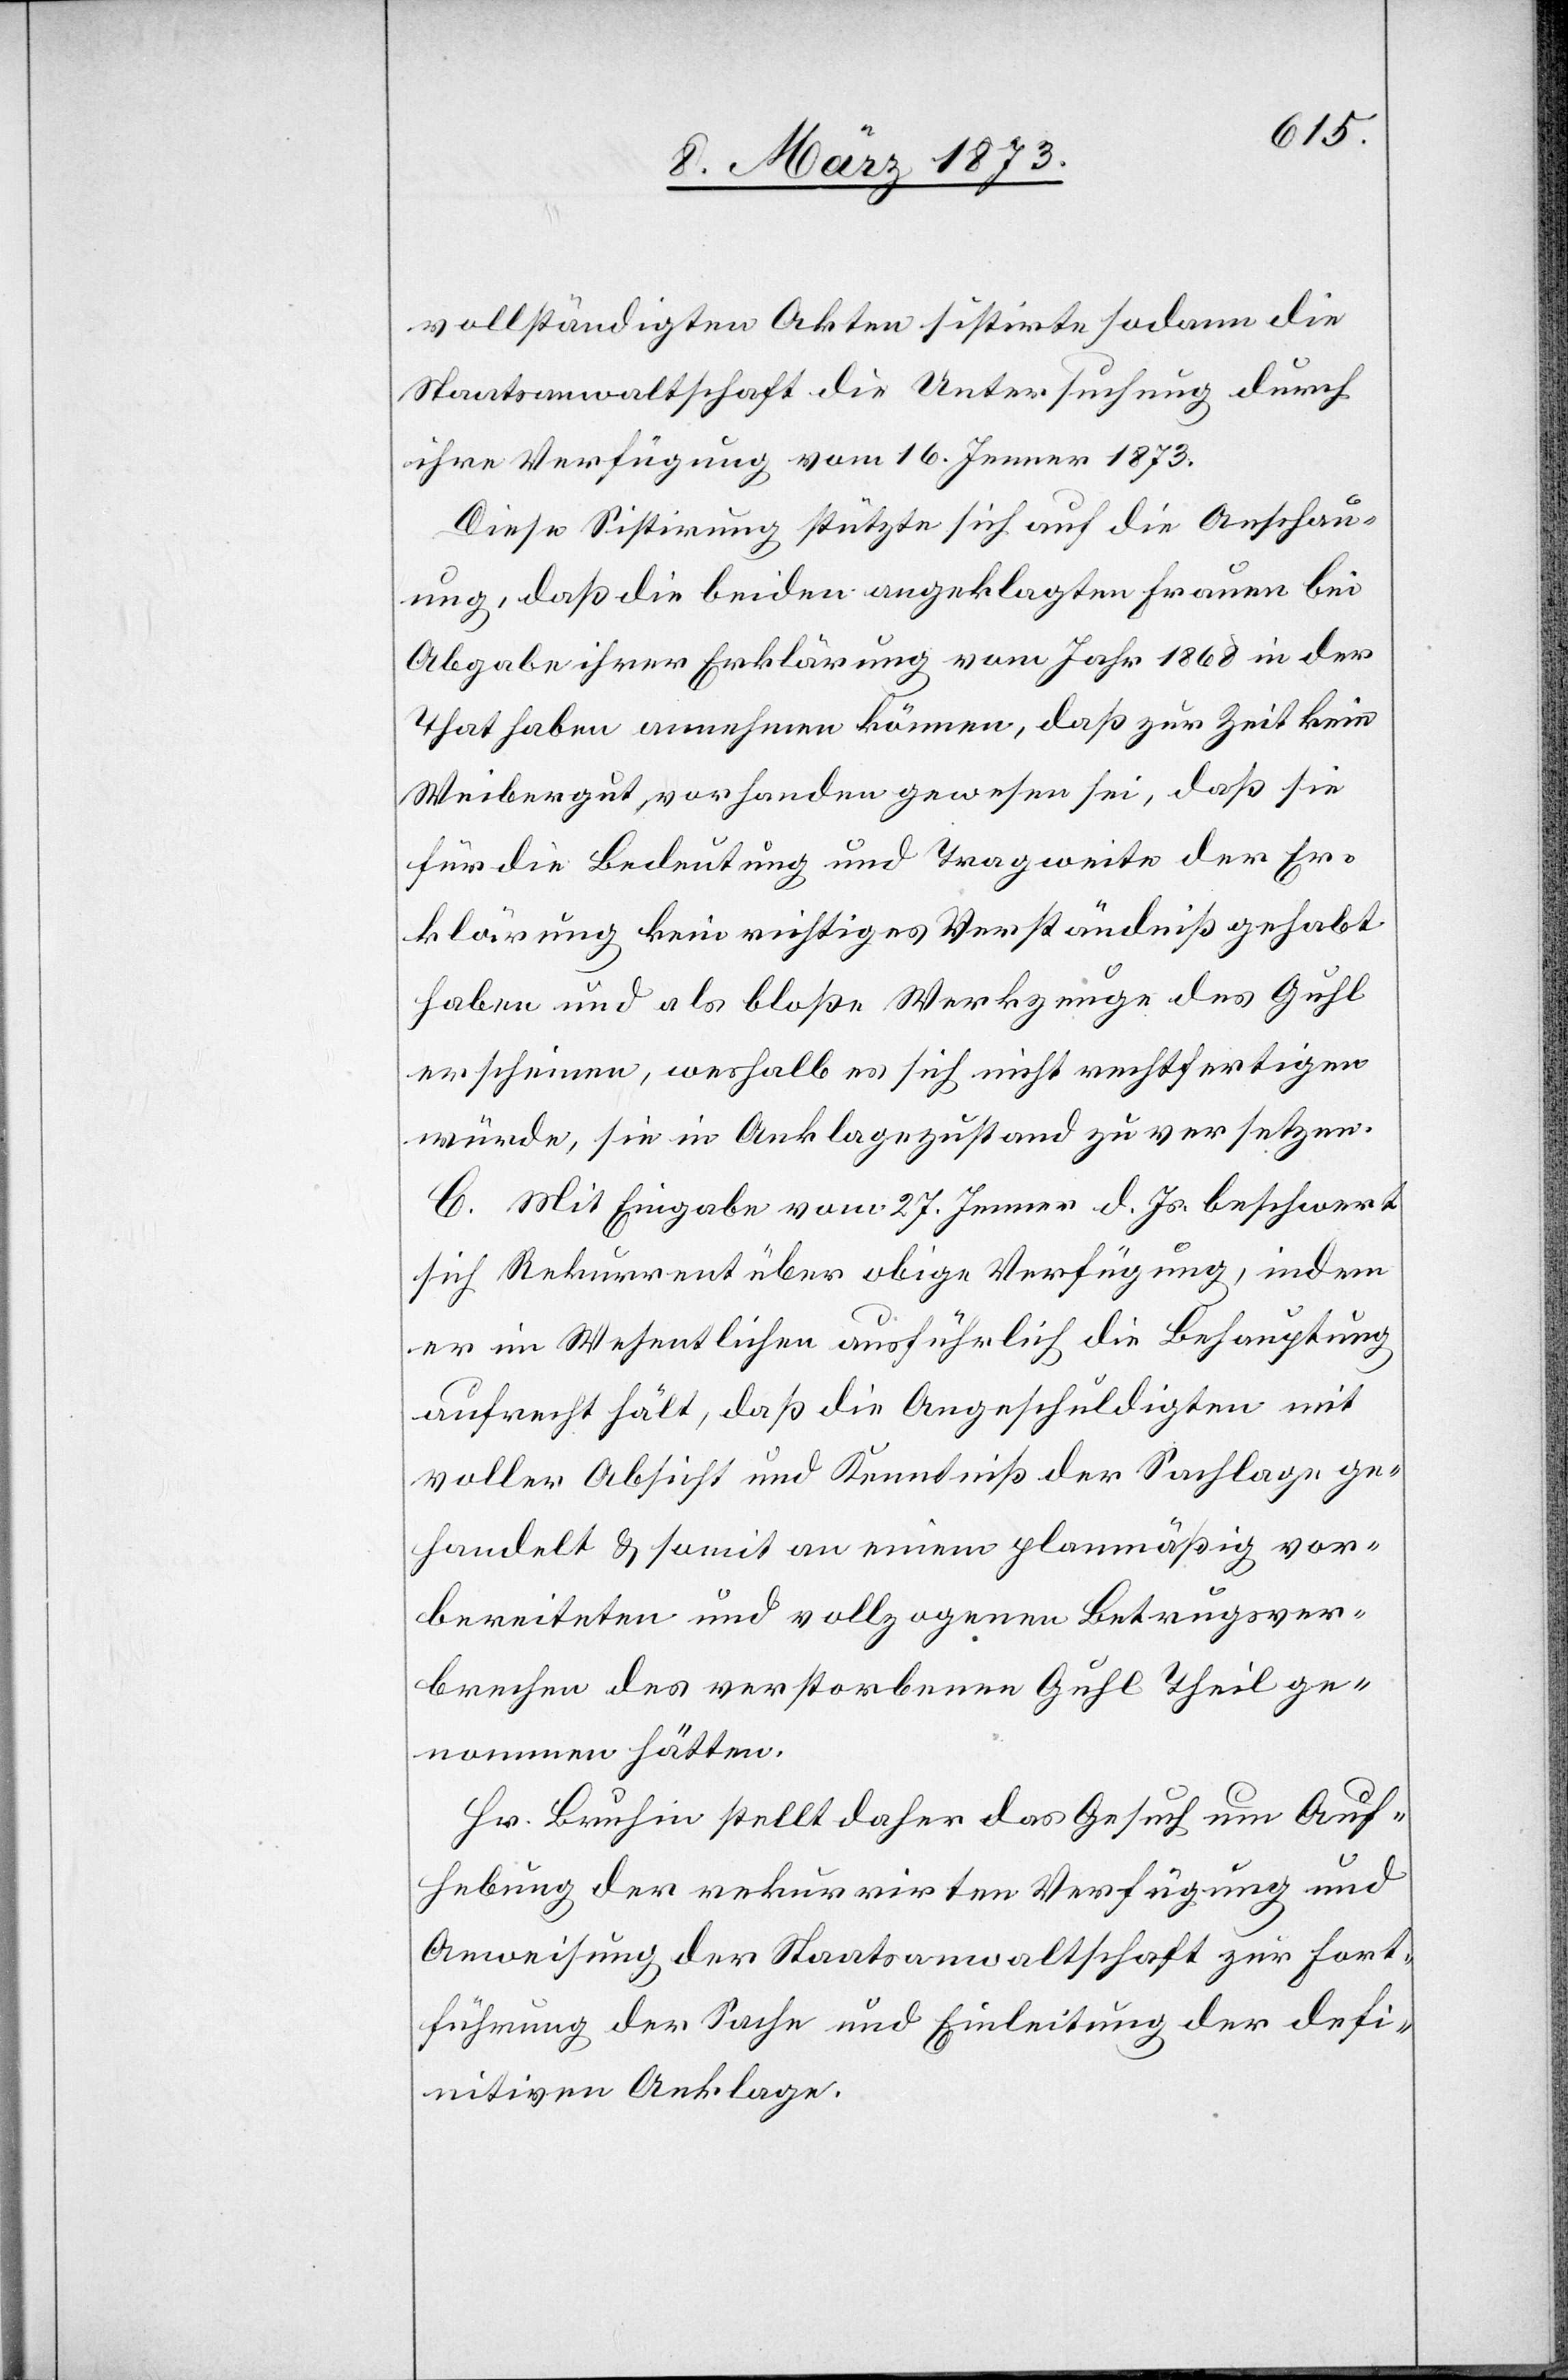
vollständigten Akten sistirte sodann die
Staatsanwaltschaft die Untersuchung durch
ihre Verfügung vom 16. Jenner 1873.
Diese Sistirung stützte sich auf die Anschau¬
ung, daß die beiden angeklagten Frauen bei
Abgabe ihrer Erklärung vom Jahr 1868 in der
That haben annehmen können, daß zur Zeit kein
Weibergut vorhanden gewesen sei, daß sie
für die Bedeutung und Tragweite der Er¬
klärung kein richtiges Verständniß gehabt
haben und als bloße Werkzeuge des Guhl
erscheinen, weshalb es sich nicht rechtfertigen
würde, sie in Anklagezustand zu versetzen.
C. Mit Eingabe vom 27. Jenner d. Js. beschwert
sich Rekurrent über obige Verfügung, indem
er im Wesentlichen ausführlich die Behauptung
aufrecht hält, daß die Angeschuldigten mit
voller Absicht und Kenntniß der Sachlage ge¬
handelt u. somit an einem planmäßig vor¬
bereiteten und vollzogenen Betrugsver¬
brechen des verstorbenen Guhl Theil ge¬
nommen hätten.
Hr. Bruhin stellt daher das Gesuch um Auf¬
hebung der rekurrirten Verfügung und
Anweisung der Staatsanwaltschat zur Fort¬
führung der Sache und Einleitung der defi¬
nitiven Anklage.